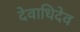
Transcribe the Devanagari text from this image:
देवाधिदेव